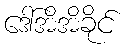
ဒေါ်အိအိခိုင်